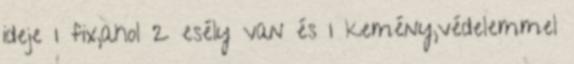
ideje 1 fix,ahol 2 esély van és 1 kemény,védelemmel